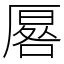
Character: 厬